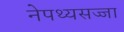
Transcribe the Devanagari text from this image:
नेपथ्यसज्जा